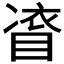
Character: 𭿀